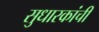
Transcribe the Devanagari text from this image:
सुधारकांची